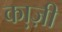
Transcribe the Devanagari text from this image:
का़ज़ी